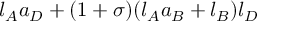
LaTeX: l _ { A } a _ { D } + ( 1 + \sigma ) ( l _ { A } a _ { B } + l _ { B } ) l _ { D }